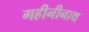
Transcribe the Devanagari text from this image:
गहीनीनाथ